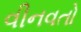
વીનવતો